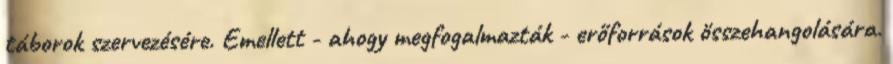
táborok szervezésére. Emellett - ahogy megfogalmazták - erőforrások összehangolására.